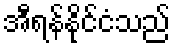
အီရန်နိုင်ငံသည်